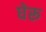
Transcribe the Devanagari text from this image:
घेरू